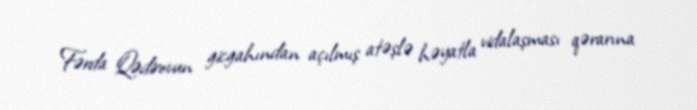
Fərda Qədirovun gicgahından açılmış atəşlə həyatla vidalaşması qərarına